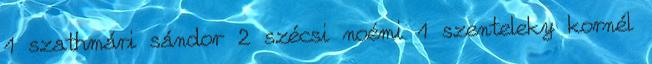
1 szathmári sándor 2 szécsi noémi 1 szenteleky kornél